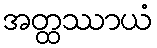
အတ္ထဿာယံ